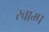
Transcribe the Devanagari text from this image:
स्वाम्प